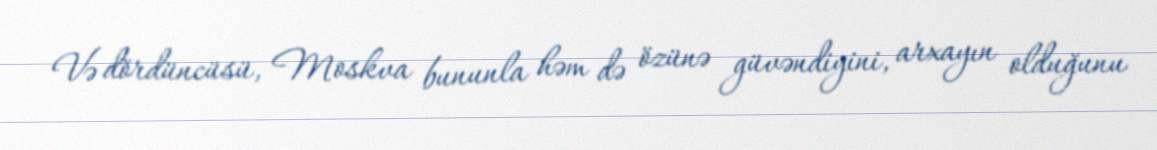
Və dördüncüsü, Moskva bununla həm də özünə güvəndiyini, arxayın olduğunu